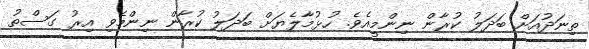
ތިނަދުއަށް ބަދަލު ކުރާން ނިންމީއެވެ. ހުޅުމާލެޔަށް ބަދަލު ކުރާން ނިންމެވި އިރު ގަސްތު